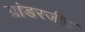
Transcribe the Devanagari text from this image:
ग्रांडरजीट